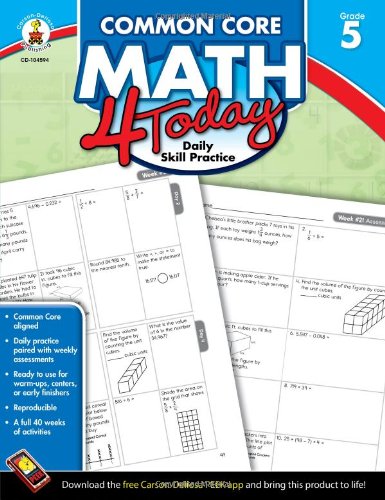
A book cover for Common Core Math 4 Today, Grade 5 (Common Core 4 Today); Erin McCarthy; Education & Teaching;